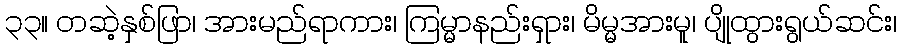
၃၃။ တဆဲ့နှစ်ဖြာ၊ အားမည်ရာကား၊ ကြမ္မာနည်းရှား၊ မိမ္မအားမူ၊ ပျိုထွားရွယ်ဆင်း၊